Leaving Certificate Examination (including Day School Certificate (Higher) General paper), 1939
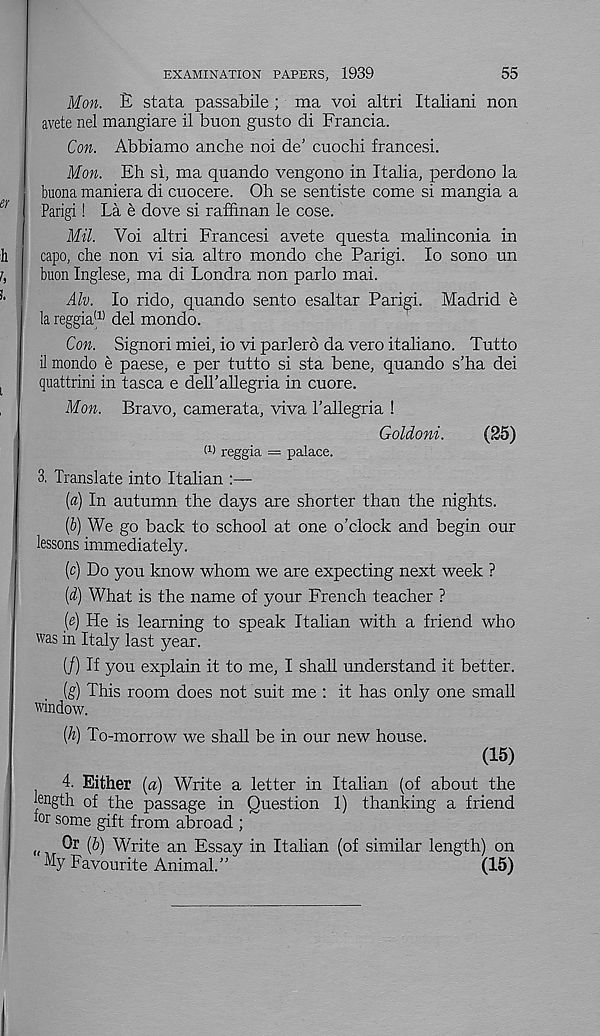
55
EXAMINATION PAPERS, 1939
Mon. E stata passabile ; ma voi altri Italiani non
avete nel mangiare il buon gusto di Francia.
Con. Abbiamo anche noi de’ cuochi francesi.
Mon. Eh si, ma quando vengono in Italia, perdono la
buona maniera di cuocere. Oh se sentiste come si mangia a
Parigi! La e dove si raffinan le cose.
Mil. Voi altri Francesi avete questa malinconia in
capo, che non vi sia altro mondo che Parigi. lo sono un
buon Inglese, ma di Londra non parlo mai.
Alv. lo rido, quando sento esaltar Parigi. Madrid e
la reggia (1) del mondo.
Con. Signori miei, io vi parlero da vero italiano. Tutto
il mondo e paese, e per tutto si sta bene, quando s’ha dei
quattrini in tasca e dell'allegria in cuore.
Mon. Bravo, camerata, viva Fallegria 1
Goldoni.
(25)
(i) reggia = palace.
3. Translate into Italian :—
(«) In autumn the days are shorter than the nights.
[i) We go back to school at one o’clock and begin our
lessons immediately.
(c) Do you know whom we are expecting next week ?
(d) What is the name of your French teacher ?
(e) He is learning to speak Italian with a friend who
was in Italy last year.
(/) If you explain it to me, I shall understand it better.
(g) This room does not suit me : it has only one small
window.
(h) To-morrow we shall be in our new house.
(15)
4. Either (a) Write a letter in Italian (of about the
length of the passage in Question 1) thanking a friend
lor some gift from abroad ;
„
(^) Write an Essay in Italian (of similar length) on
% Favourite Animal.”
(15)